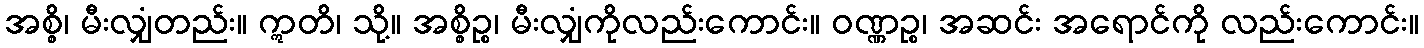
အစ္စိ၊ မီးလျှံတည်း။ ဣတိ၊ သို့။ အစ္စိဉ္စ၊ မီးလျှံကိုလည်းကောင်း။ ဝဏ္ဏဉ္စ၊ အဆင်း အရောင်ကို လည်းကောင်း။